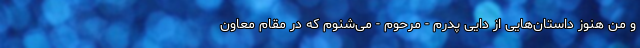
و من هنوز داستان‌هایی از دایی پدرم - مرحوم - می‌شنوم که در مقام معاون